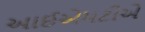
આઈએમટીએ